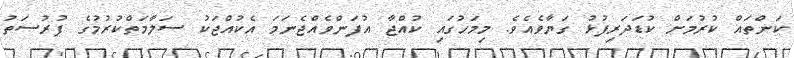
ކަންތައް ކުރުމަށް ކުޑަދަރިފުޅު ގަޔާވެއެވެ. މިމަހުގައި ކުއްޖާ އުފަންވެއްޖެނަމަ އެކުއްޖަކު ސަލާމަތްކުރުމުގެ ފުރުސަތު